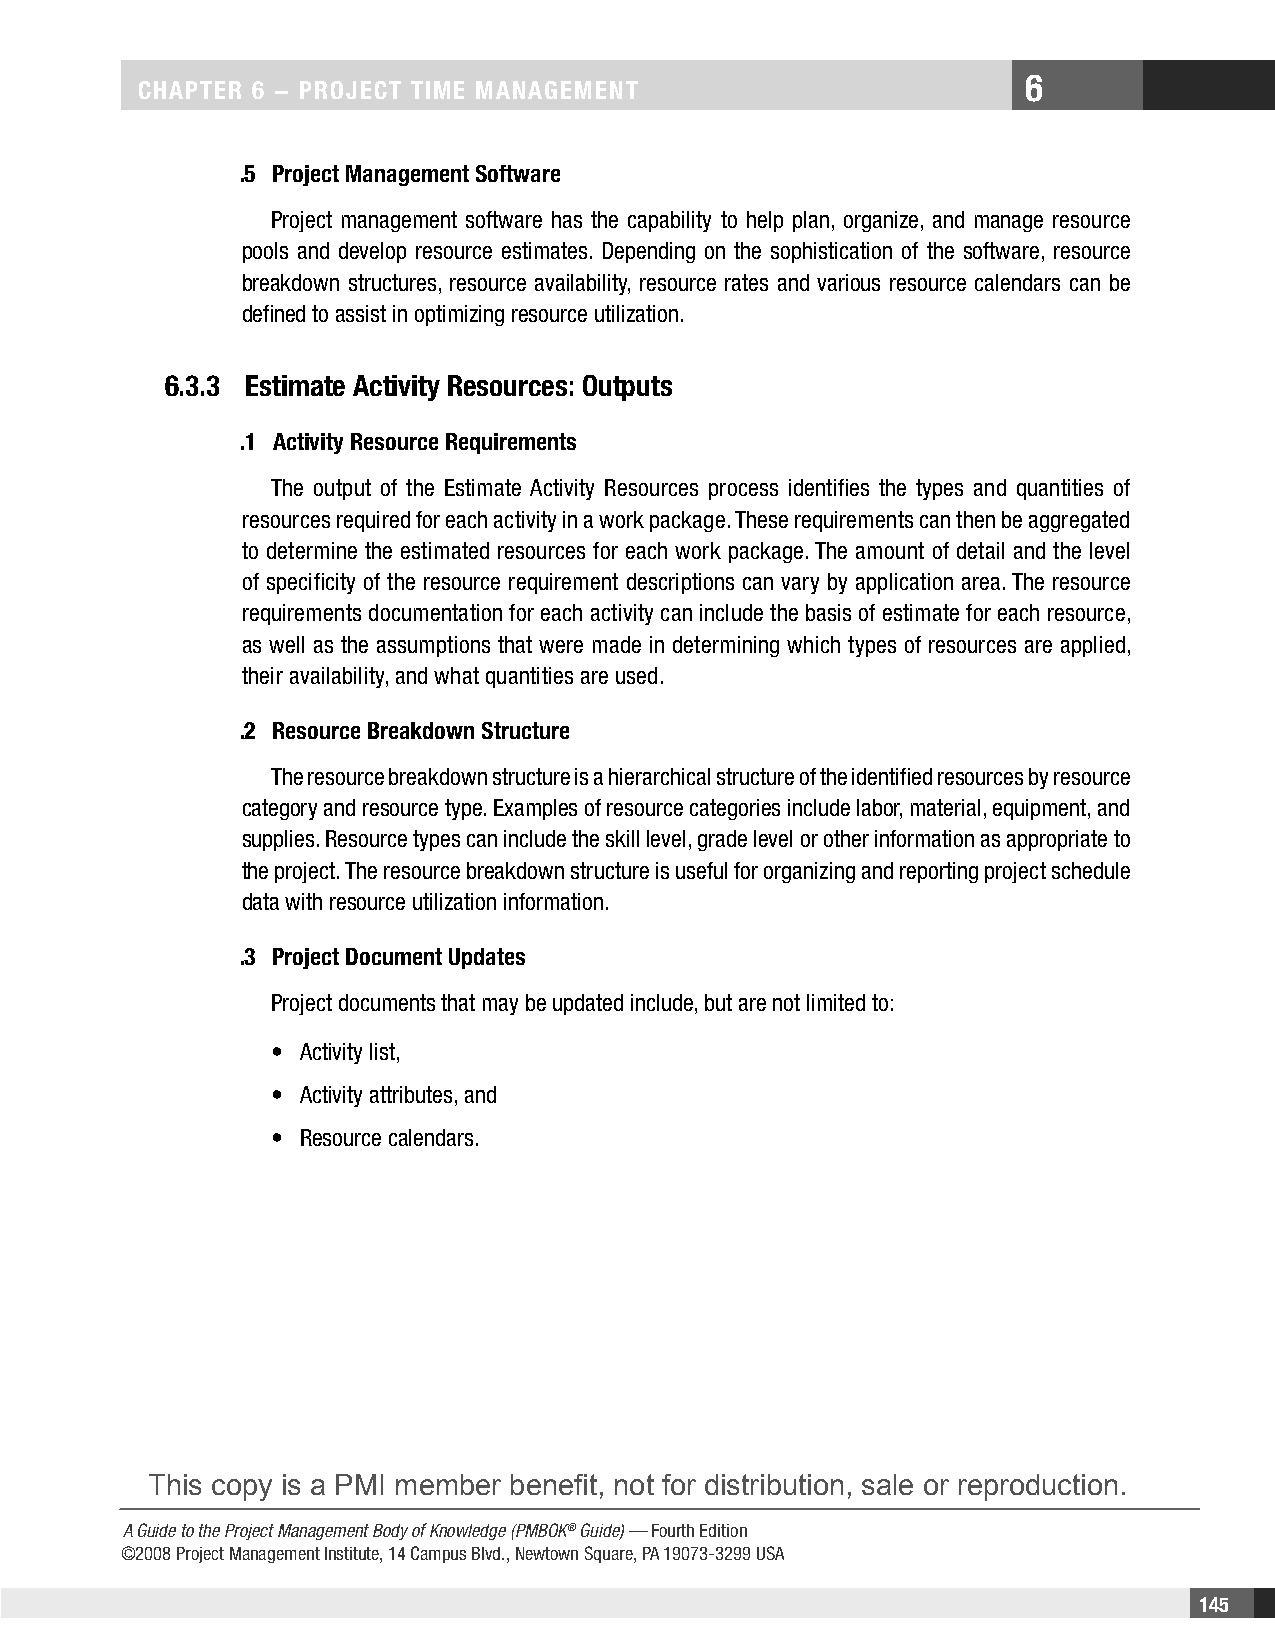
6
 CHAPTER 6 − PRojECT TimE mAnAgEmEnT
 .5 Project management Software
 Project management software has the capability to help plan, organize, and manage resource
 pools and develop resource estimates. Depending on the sophistication of the software, resource
 breakdown structures, resource availability, resource rates and various resource calendars can be
 defined to assist in optimizing resource utilization.
 6.3.3 Estimate Activity Resources: outputs
 .1 Activity Resource Requirements
 The output of the Estimate Activity Resources process identifies the types and quantities of
 resources required for each activity in a work package. These requirements can then be aggregated
 to determine the estimated resources for each work package. The amount of detail and the level
 of specificity of the resource requirement descriptions can vary by application area. The resource
 requirements documentation for each activity can include the basis of estimate for each resource,
 as well as the assumptions that were made in determining which types of resources are applied,
 their availability, and what quantities are used.
 .2 Resource Breakdown Structure
 The resource breakdown structure is a hierarchical structure of the identified resources by resource
 category and resource type. Examples of resource categories include labor, material, equipment, and
 supplies. Resource types can include the skill level, grade level or other information as appropriate to
 the project. The resource breakdown structure is useful for organizing and reporting project schedule
 data with resource utilization information.
 .3 Project Document Updates
 Project documents that may be updated include, but are not limited to:
 • Activity list,
 • Activity attributes, and
 • Resource calendars.
 This copy is a PMI member benefit, not for distribution, sale or reproduction.
 A Guide to the Project Management Body of Knowledge (PMBOK® Guide) — Fourth Edition
 ©2008 Project Management Institute, 14 Campus Blvd., Newtown Square, PA 19073-3299 USA
 145